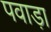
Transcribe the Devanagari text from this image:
पवाड़ा